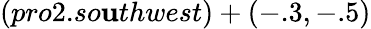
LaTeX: (pro2.so\mathbf{u}thwest)+(-.3,-.5)